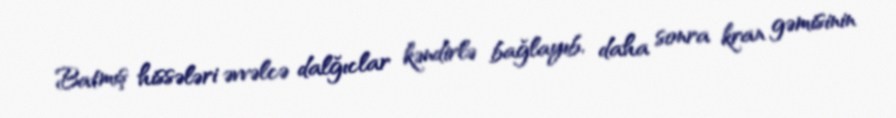
Batmış hissələri əvvəlcə dalğıclar kəndirlə bağlayıb, daha sonra kran gəmisinin